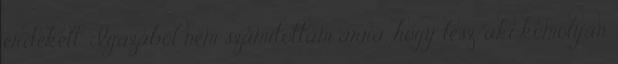
érdekelt. Igazából nem számítottam arra, hogy lesz, aki komolyan